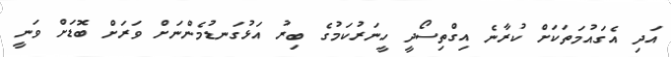
އަދި އެގައުމަތަކަށް ކުރާނެ އިގްތިސޯދީ ހީނަރުކަމުގެ ބިރު އަޅުގަނޑުމެންނަށް ވަރަށް ބޮޑަށް ވަނީ